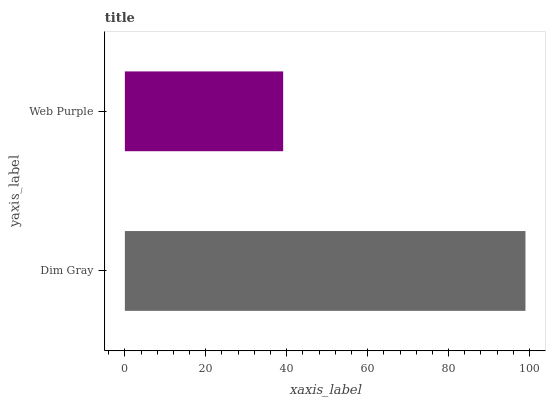
| yaxis_label | bars |
 | --- | --- |
 | Dim Gray | 99 |
 | Web Purple | 39.1 |